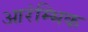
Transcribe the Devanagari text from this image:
आरंम्भिक